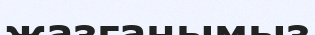
жазғанымыз